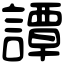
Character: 譚